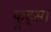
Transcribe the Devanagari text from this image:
फ्रूट्स।